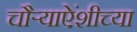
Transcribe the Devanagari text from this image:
चौर्‍याऐंशीच्या